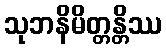
သုဘနိမိတ္တန္တိဿ